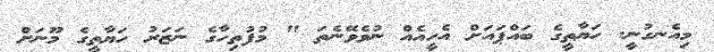
މިއެނގުނީ. ހަޔާތީގެ ބައްޕައަށް އެހީއެއް ނުވެވޭނެތަ " މުފުތިހާގެ ނަޒަރު ހަޔާތީގެ މޫނަށް